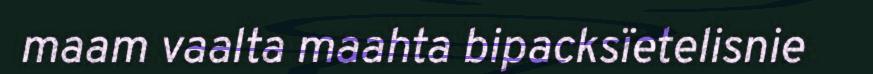
maam vaalta maahta bipacksïetelisnie